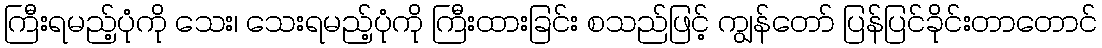
ကြီးရမည့်ပုံကို သေး၊ သေးရမည့်ပုံကို ကြီးထားခြင်း စသည်ဖြင့် ကျွန်တော် ပြန်ပြင်ခိုင်းတာတောင်